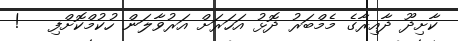
ކާށިދޫ ދާއިރާގެ މެމްބަރު ދޮޅު އަހަރަށް އަރުވާލަން ހުކުމްކޮށްފި   !